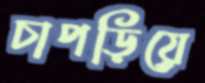
চাপড়িয়ে